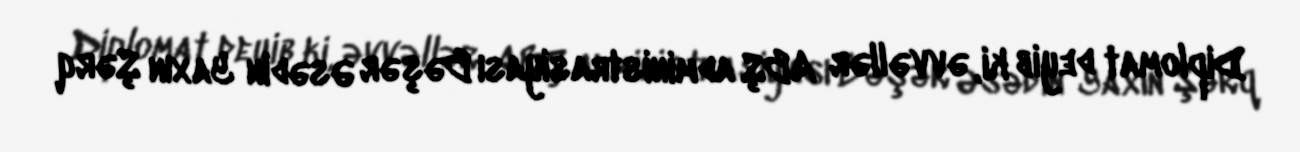
Diplomat deyib ki, əvvəllər ABŞ administrasiyası Bəşər Əsədin Yaxın Şərq